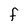
Character: f